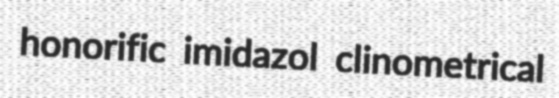
honorific imidazol clinometrical